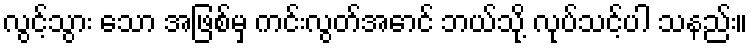
လွင့်သွား သော အဖြစ်မှ ကင်းလွတ်အောင် ဘယ်သို့ လုပ်သင့်ပါ သနည်း။